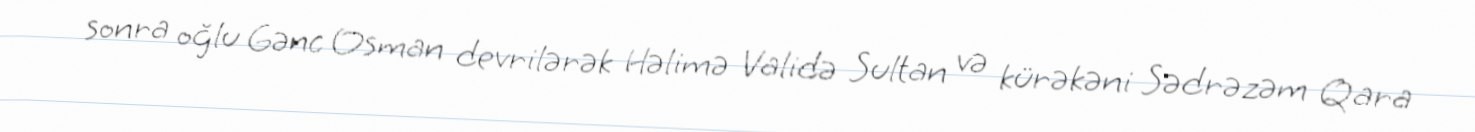
sonra oğlu Gənc Osman devrilərək Həlimə Validə Sultan və kürəkəni Sədrəzəm Qara